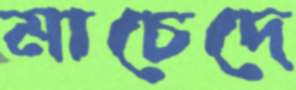
মাচেদে